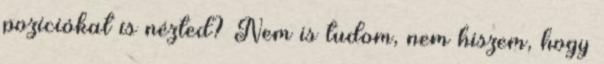
pozíciókat is nézted? Nem is tudom, nem hiszem, hogy